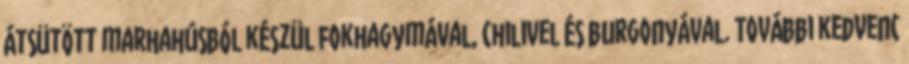
átsütött marhahúsból készül fokhagymával, chilivel és burgonyával. További kedvenc